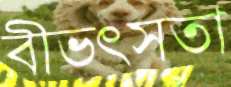
বীভৎসতা